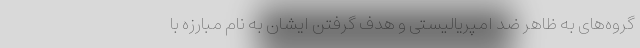
گروه‌های به ظاهر ضد امپریالیستی و هدف گرفتن ایشان به نام مبارزه با